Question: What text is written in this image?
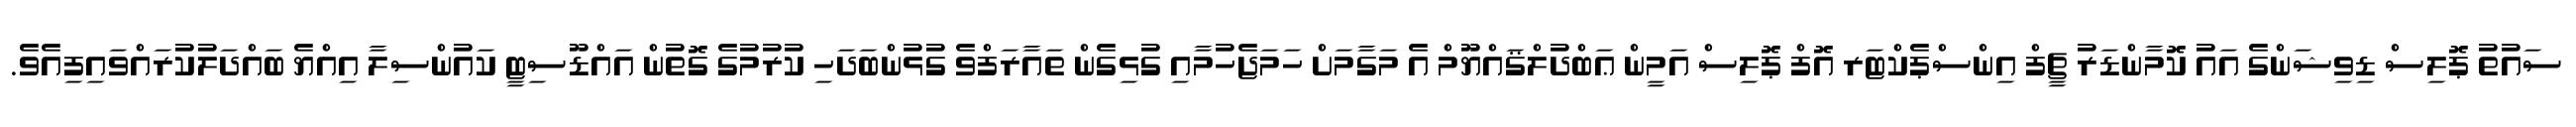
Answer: ސައުތު ޕޮލިސް ޑިވިޝަންގެ އައު ކޮމާންޑަރު ޗީފް އިންސްޕެކްޓަރ އޮފް ޕޮލިސް އަމީން ޢަބްދުލްޤައްޔޫމް އެ މަގާމަށް ހަމަޖެހުމާއި ގުޅިގެން ތައާރަފްވެ ގުޅުންބަދަހި ކުރުމުގެ ގޮތުން އައްޑޫސިޓީ ކައުންސިލާ އިއްޔެ ބައްދަލުކުރައްވައިފިއެވެ.